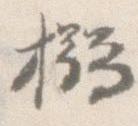
搦